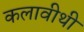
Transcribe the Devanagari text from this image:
कलावीथी